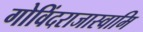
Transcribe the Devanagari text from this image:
गोविंदराजास्वामि